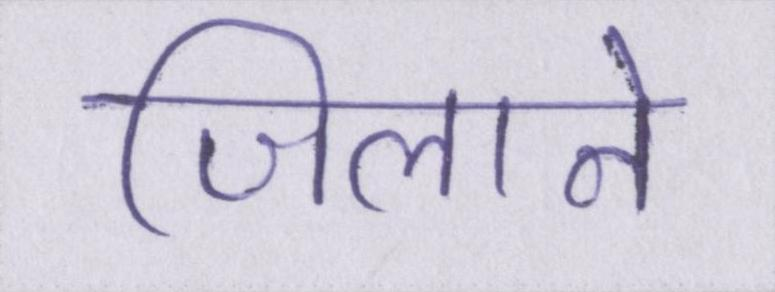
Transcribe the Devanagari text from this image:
जिलाने